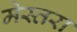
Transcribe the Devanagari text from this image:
मेस्तरा